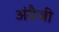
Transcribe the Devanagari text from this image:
अंग्रैजी